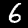
Digit: 6